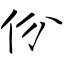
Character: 份